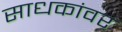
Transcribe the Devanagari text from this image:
साधकांवर